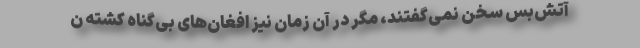
آتش‌بس سخن نمی‌گفتند، مگر در آن زمان نیز افغان‌های بی‌گناه کشته ن